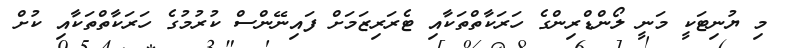
މި ޔުނިޓަކީ މަނީ ލޯންޑްރިންގެ ހަރަކާތްތަކާއި ޓެރަރިޒަމަށް ފައިނޭންސް ކުރުމުގެ ހަރަކާތްތަކާއި ކުށް